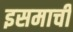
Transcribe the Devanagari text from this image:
इसमाची